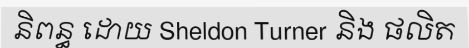
និពន្ធ ដោយ Sheldon Turner និង ផលិត